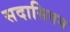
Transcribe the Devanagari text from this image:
सदासिवम